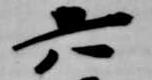
六